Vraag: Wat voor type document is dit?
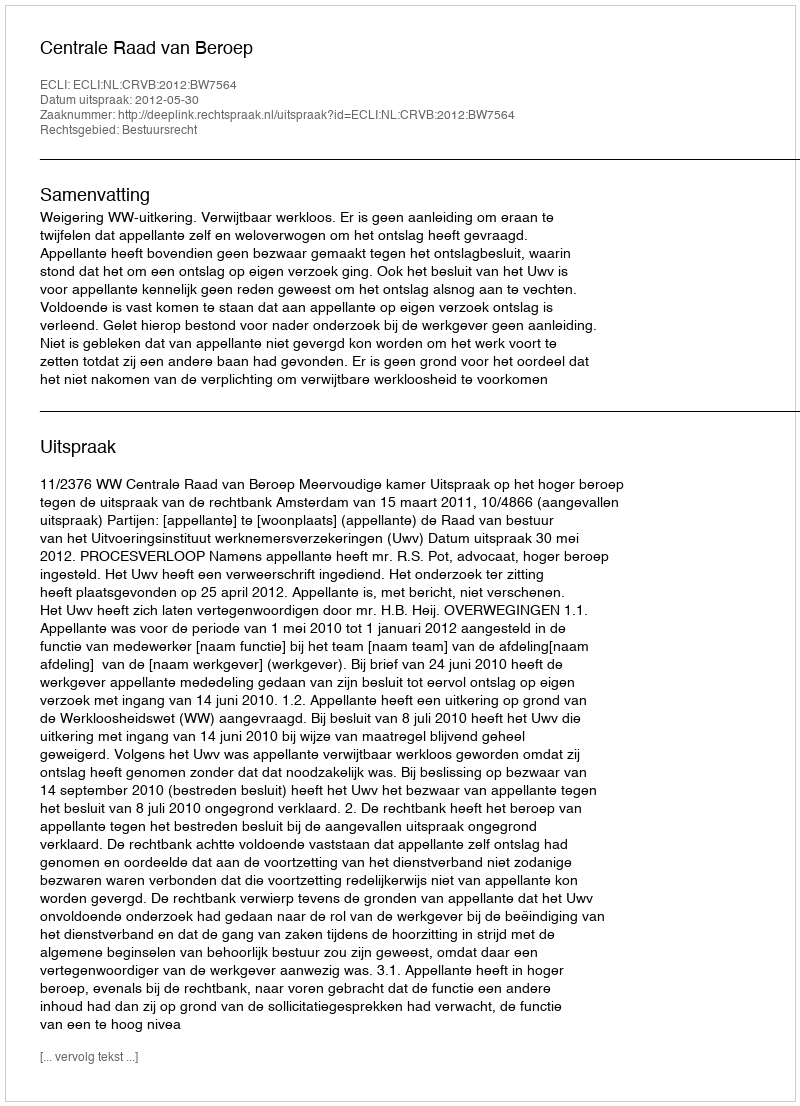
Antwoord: Uitspraak